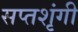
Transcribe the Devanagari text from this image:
सप्‍तशृंगी